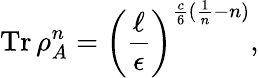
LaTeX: \operatorname{Tr}{\rho_{A}^{n}}=\bigg(\frac{\ell}{\epsilon}\bigg)^{\frac{c}{6}(\frac{1}{n}-n)},